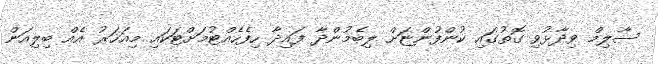
ސާލިމް ވިދާޅުވި ގޮތުގައި ކުންފުންޏަށް ލިބެމުންދާ ފައިދާ ހިފެހެއްޓުމަށްޓަކައި މިއަހަރު އެއް ބިލިއަން